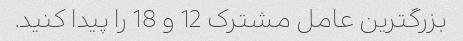
بزرگترین عامل مشترک 12 و 18 را پیدا کنید.